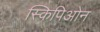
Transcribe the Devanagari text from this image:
स्किपिओन